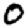
Digit: 0